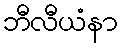
ဘီလီယံနာ